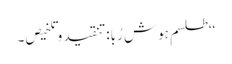
‘‘طلسم ِہوش رُبا:تنقید و تلخیص۔